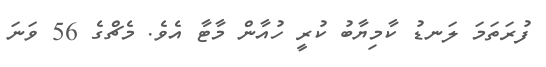
ފުރަތަމަ ލަނޑު ކާމިޔާބު ކުރީ ހުއާން މާޓާ އެވެ. މެޗްގެ 56 ވަނަ